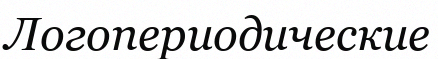
Логопериодические